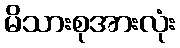
မိသားစုအားလုံး